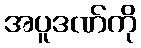
အပူဒဏ်ကို